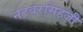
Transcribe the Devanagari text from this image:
नटवरसिंहजी